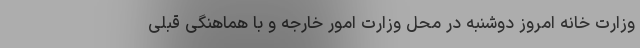
وزارت خانه امروز دوشنبه در محل وزارت امور خارجه و با هماهنگی قبلی